Kallis,_Oskar, lk 14
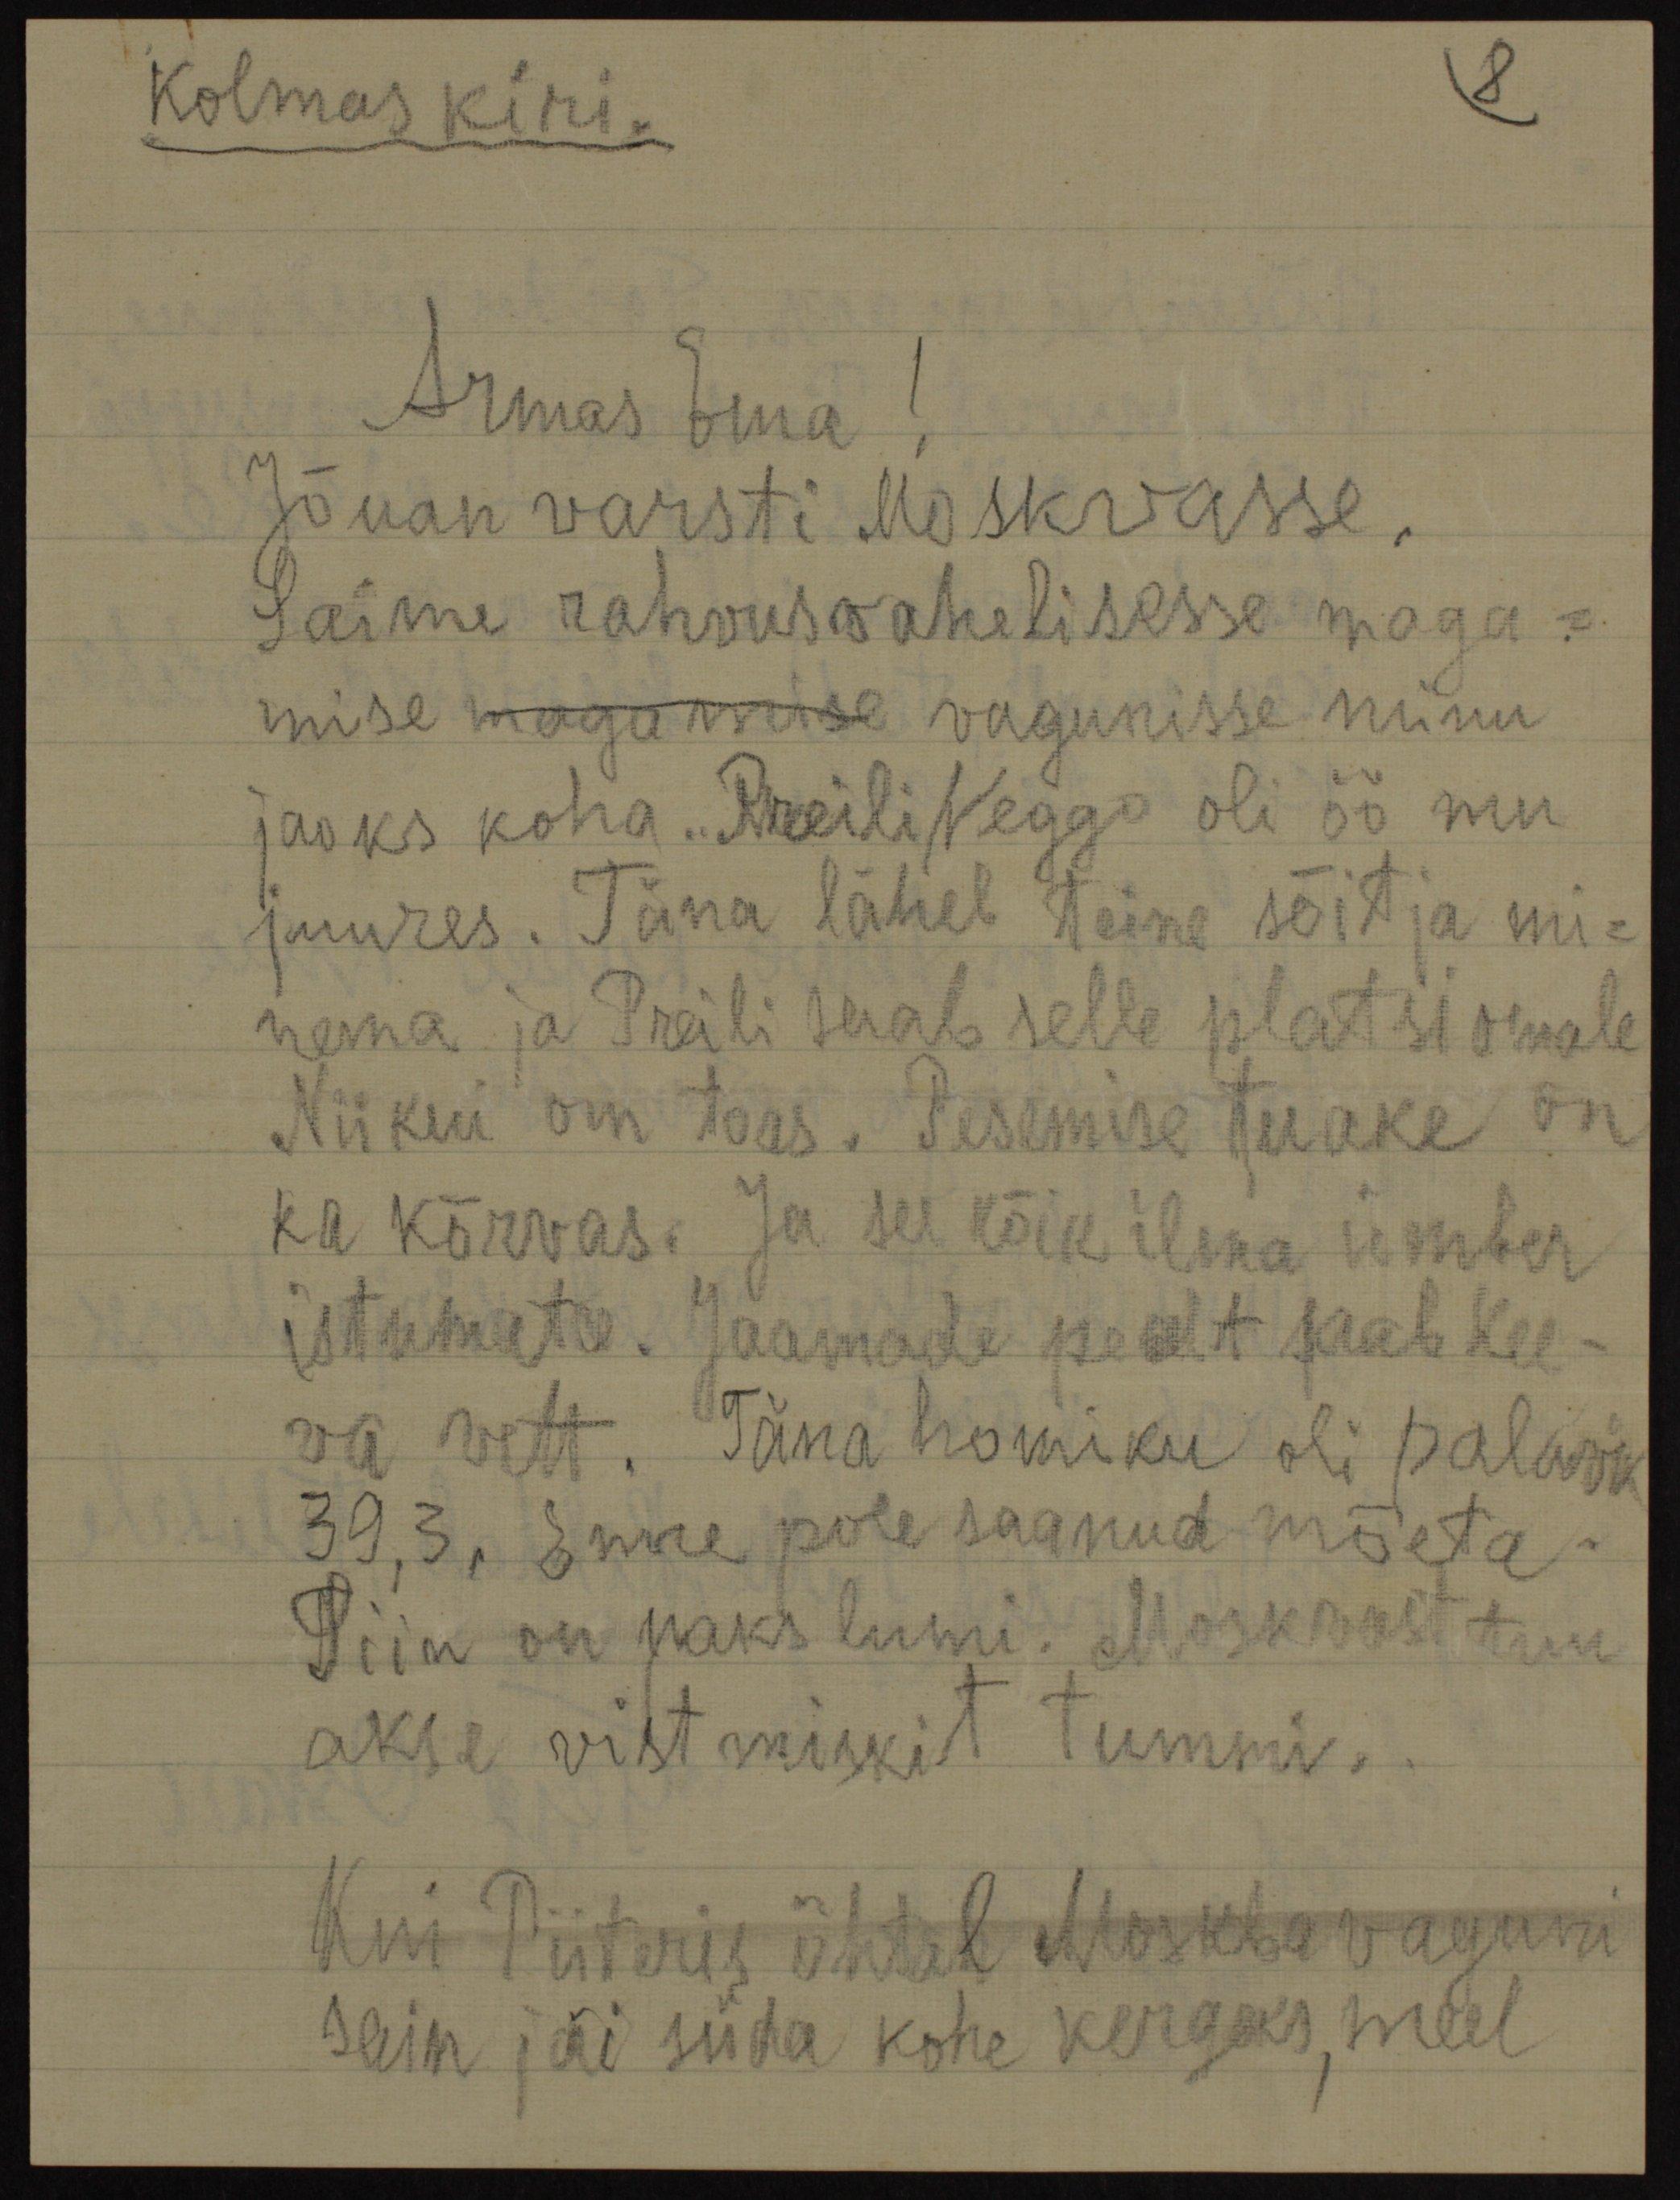
Kolmas kiri.
Armas Ema!
Jõuan varsti Moskvasse,
Saime rahvusvahelisesse maga-
mise magamise vagunisse minu
jaoks koha. Preili Neggo oli öö mu
juures. Täna läheb teine sõit ja mi-
nema ja Preili saab selle platsi omale
Nii kui on toas. Pesemise tuake on
ka kõrvas. Ja see kõik ilma ümber
istumata. Jaamade pealt saab kee-
va vett. Täna homiku oli palawik
39,3, Enne pole saanud mõeta.
Siin on paks lumi. Moskvast tuu-
akse vist miskit tummi.
Kui Piiteris õhtal Moskba vaguni
sain jäi süda kohe kergeks, meel